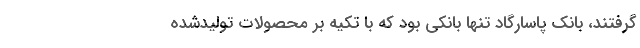
گرفتند، بانك پاسارگاد تنها بانكی بود كه با تكیه بر محصولات تولیدشده